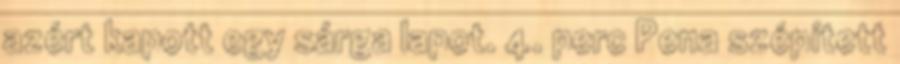
azért kapott egy sárga lapot. 4. perc Pena szépített